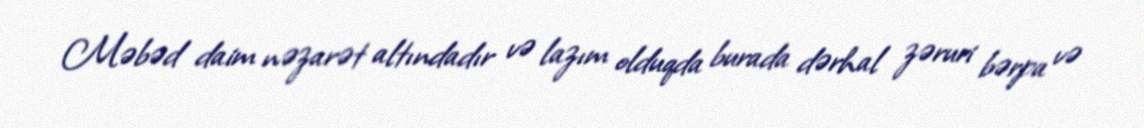
Məbəd daim nəzarət altındadır və lazım olduqda burada dərhal zəruri bərpa və